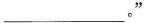
___。”